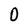
Character: O